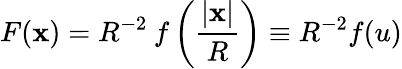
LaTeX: F(\mathbf{x})=R^{-2}\: f\left({\frac{|\mathbf{x}|}{R}}\right)\equiv R^{-2}f(u)